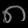
Digit: ၈